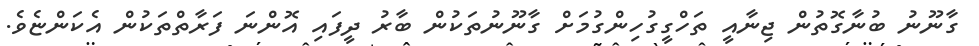
ގާނޫނު ބުނާގޮތުން ޖިނާއީ ތަހްގީގުހިންގުމަށް ގާނޫނުތަކުން ބާރު ދީފައި އޮންނަ ފަރާތްތަކުން އެކަންޏެވެ.